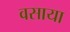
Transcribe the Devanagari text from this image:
वसाया